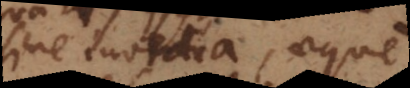
sine invidia, aeque